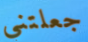
جعلتني